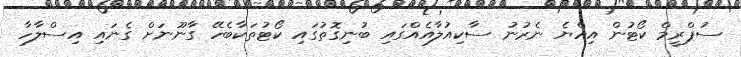
ސުޕްރީމް ކޯޓުން އިއްޔެ ނެރުނު ސާކިއުލާއެއްގައި ބުނިގޮތުގައި ކޯޓުތަކާބެހޭ ގާނޫނަށް ގެނައި އިސްލާހާ